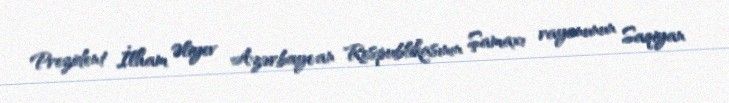
Prezident İlham Əliyev Azərbaycan Respublikasının Şamaxı rayonunun Saqiyan